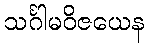
သင်္ဂါမဝိဇယေန